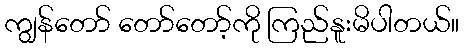
ကျွန်တော် တော်တော့်ကို ကြည်နူးမိပါတယ်။